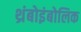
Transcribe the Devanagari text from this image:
थ्रंबोइंबोलिक